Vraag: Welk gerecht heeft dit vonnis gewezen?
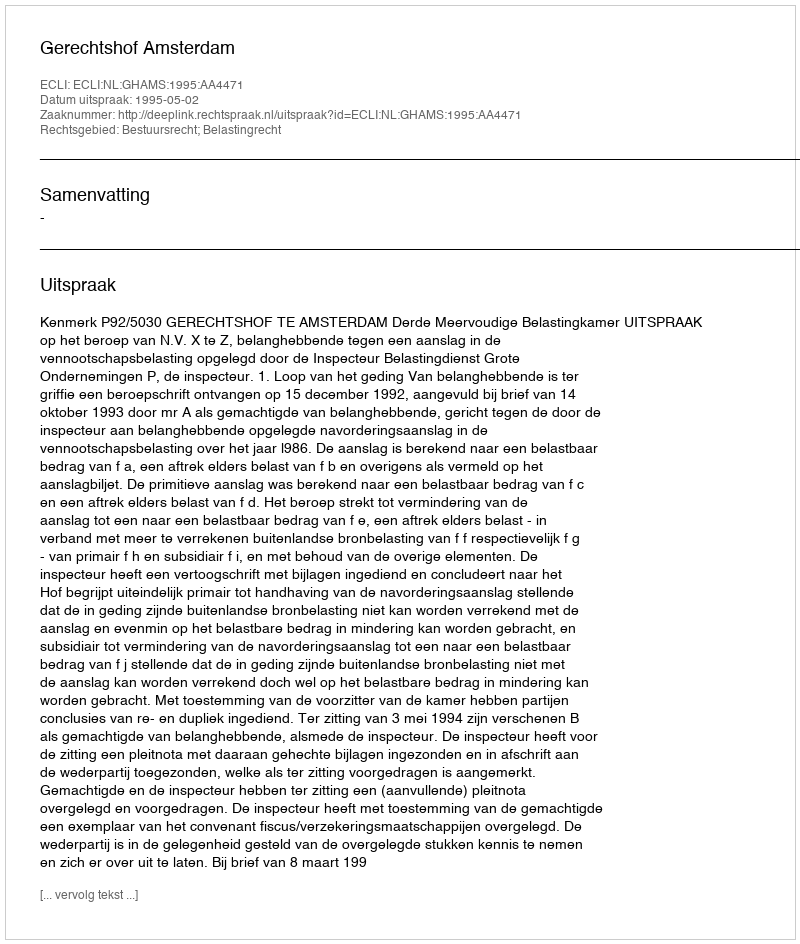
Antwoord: Gerechtshof Amsterdam